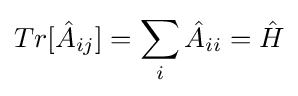
Tr[{\hat {A}}_{ij}]=\sum _{i}{{\hat {A}}_{ii}}={\hat {H}}